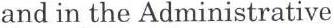
and in the Administrative